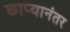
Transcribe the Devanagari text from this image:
छाप्यानंतर